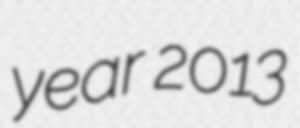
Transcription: year 2013